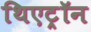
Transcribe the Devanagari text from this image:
थिएट्रॉन